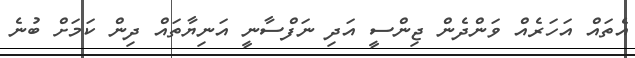
އެތައް އަހަރެއް ވަންދެން ޖިންސީ އަދި ނަފްސާނީ އަނިޔާތައް ދިން ކަމަށް ބުނެ